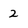
Character: 2